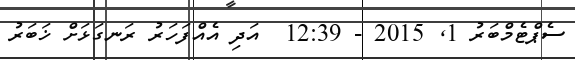
ސެޕްޓެމްބަރު 1